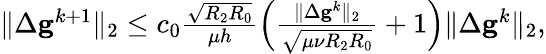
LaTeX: \begin{array}{r}{\| \Delta\mathbf{g}^{k+1}\| _{2}\leq c_{0}\frac{\sqrt{R_{2}R_{0}}}{\mu h}\left(\frac{\| \Delta\mathbf{g}^{k}\| _{2}}{\sqrt{\mu\nu R_{2}R_{0}}}+1\right)\| \Delta\mathbf{g}^{k}\| _{2},}\end{array}